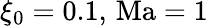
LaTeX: \xi_{0}=0.1,\, \mathrm{Ma}=1